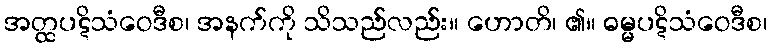
အတ္ထပဋိသံဝေဒီစ၊ အနက်ကို သိသည်လည်း။ ဟောတိ၊ ၏။ ဓမ္မပဋိသံဝေဒီစ၊